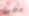
بخير